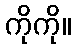
ကိုကို။